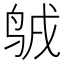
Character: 𪉇